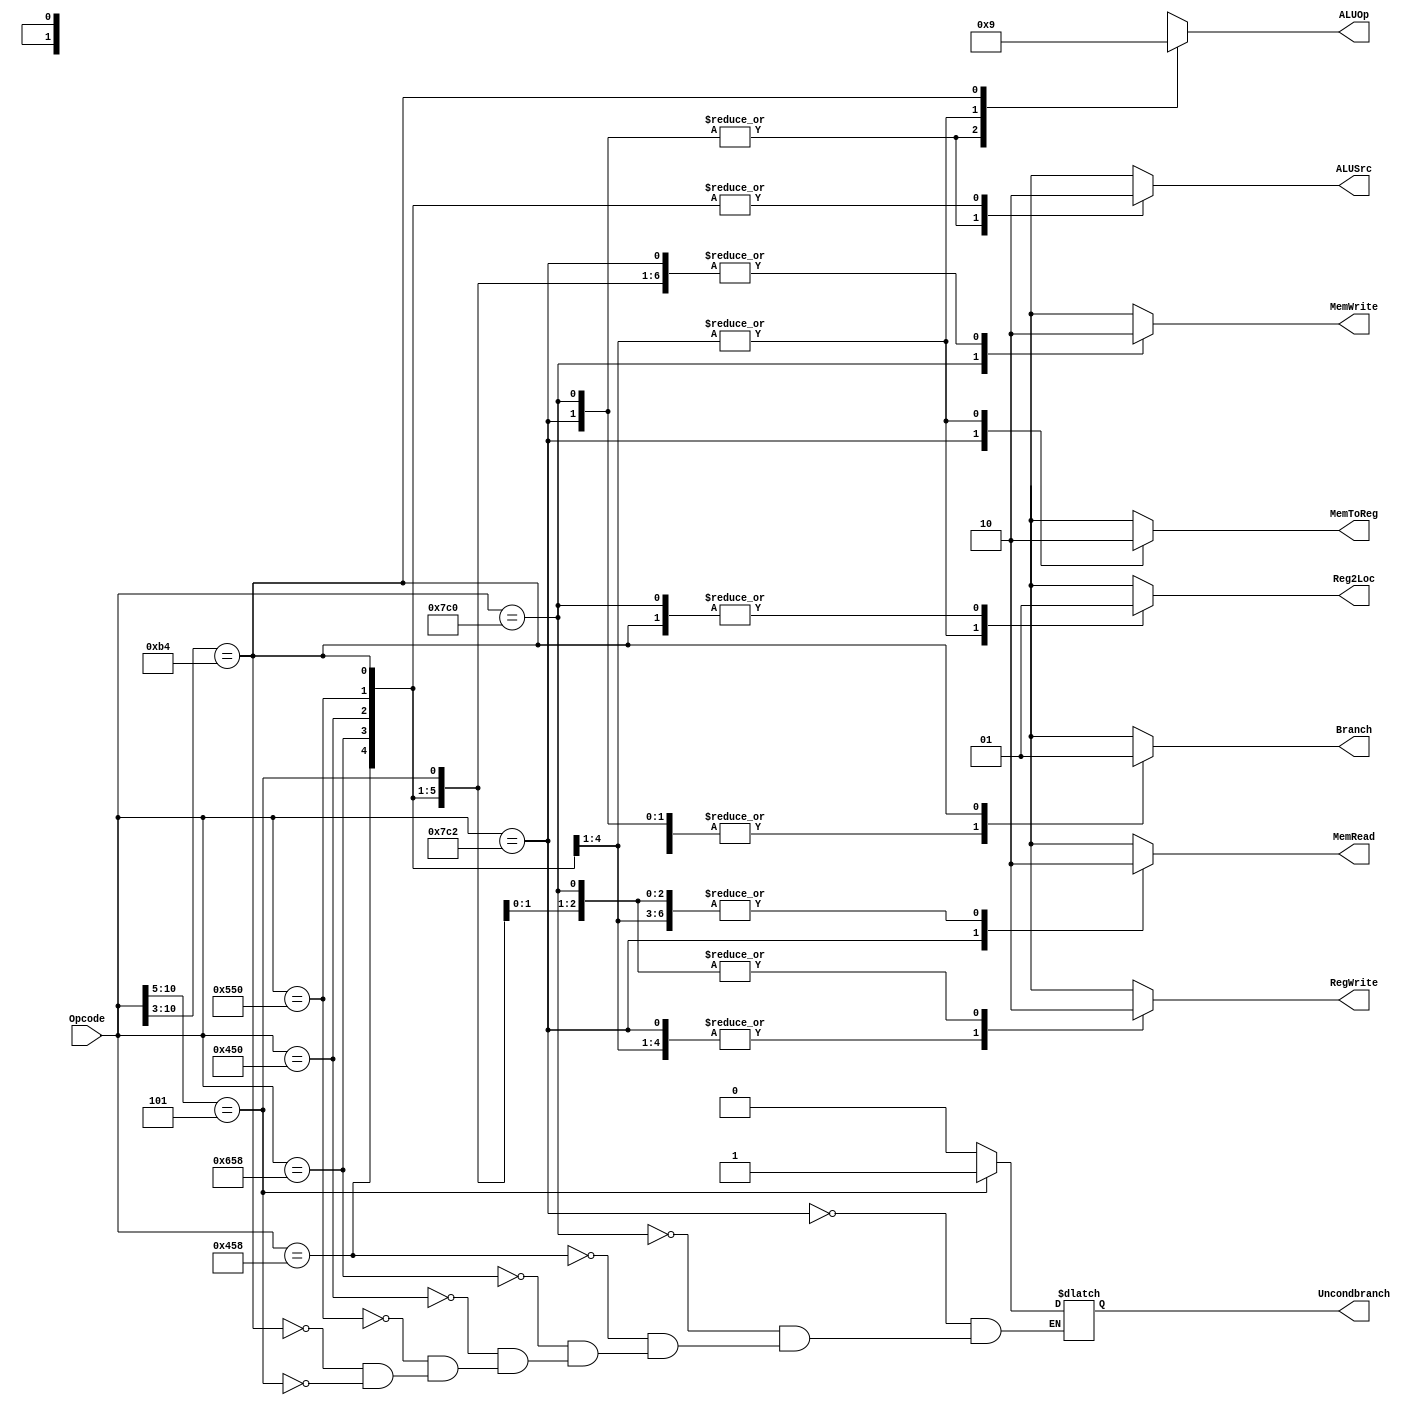
// Design Name:    Suil Lee
// Module Name:    SingleCycleControl 
// Project Name:   
// Target Devices: 
// Tool versions: 
// Description: 
//
// Dependencies: 
//
// Revision: 
// Revision 0.01 - File Created
// Additional Comments: 
//
//////////////////////////////////////////////////////////////////////////////////
`timescale 1ns / 1ps

`define LDUROPCODE 11'b11111000010
`define STUROPCODE 11'b11111000000
`define ADDOPCODE  11'b10001011000
`define SUBOPCODE  11'b11001011000
`define ANDOPCODE  11'b10001010000
`define ORROPCODE  11'b10101010000
`define CBZOPCODE  11'b10110100???
`define BOPCODE    11'b000101?????
/* Note, the "?"'s in CBZ and B indicate don't care in a casez */

module SingleCycleControl(Reg2Loc, ALUSrc, MemToReg, RegWrite, MemRead, MemWrite, Branch, Uncondbranch, ALUOp, Opcode);
   input [10:0] Opcode;
   output 	Reg2Loc;
   output 	ALUSrc;
   output 	MemToReg;
   output 	RegWrite;
   output 	MemRead;
   output 	MemWrite;
   output 	Branch;
   output 	Uncondbranch;
   
   output [1:0] ALUOp;
   
   reg 		Reg2Loc, ALUSrc, MemToReg, RegWrite, MemRead, MemWrite, Branch, Uncondbranch;
   reg [1:0] 	ALUOp;
   always @ (Opcode) begin
      casez(Opcode)
        `LDUROPCODE: begin
           Reg2Loc <= #2 1'bx;
           Uncondbranch <= #2 1'b0;
           Branch <= #2 1'b0;
           MemRead <= #2 1'b1;
           MemToReg <= #2 1'b1;
           MemWrite <= #2 1'b0;
           ALUSrc <= #2 1'b1;
           RegWrite <= #2 1'b1;
           ALUOp <= #2 2'b00;
        end
	`STUROPCODE: begin
	   Reg2Loc <= #2 1'b1;
           Uncondbranch <= #2 1'b0;
           Branch <= #2 1'b0;
           MemRead <= #2 1'b0;
           MemToReg <= #2 1'bx;
           MemWrite <= #2 1'b1;
           ALUSrc <= #2 1'b1;
           RegWrite <= #2 1'b0;
           ALUOp <= #2 2'b00;
        end
	`ADDOPCODE: begin
	   Reg2Loc <= #2 1'b0;
           Uncondbranch <= #2 1'b0;
           Branch <= #2 1'b0;
           MemRead <= #2 1'b0;
           MemToReg <= #2 1'b0;
           MemWrite <= #2 1'b0;
           ALUSrc <= #2 1'b0;
           RegWrite <= #2 1'b1;
           ALUOp <= #2 2'b10;
        end
	`SUBOPCODE: begin
	   Reg2Loc <= #2 1'b0;
           Uncondbranch <= #2 1'b0;
           Branch <= #2 1'b0;
           MemRead <= #2 1'b0;
           MemToReg <= #2 1'b0;
           MemWrite <= #2 1'b0;
           ALUSrc <= #2 1'b0;
           RegWrite <= #2 1'b1;
           ALUOp <= #2 2'b10;
        end
	`ANDOPCODE: begin
	   Reg2Loc <= #2 1'b0;
           Uncondbranch <= #2 1'b0;
           Branch <= #2 1'b0;
           MemRead <= #2 1'b0;
           MemToReg <= #2 1'b0;
           MemWrite <= #2 1'b0;
           ALUSrc <= #2 1'b0;
           RegWrite <= #2 1'b1;
           ALUOp <= #2 2'b10;
        end
	`ORROPCODE: begin
	   Reg2Loc <= #2 1'b0;
           Uncondbranch <= #2 1'b0;
           Branch <= #2 1'b0;
           MemRead <= #2 1'b0;
           MemToReg <= #2 1'b0;
           MemWrite <= #2 1'b0;
           ALUSrc <= #2 1'b0;
           RegWrite <= #2 1'b1;
           ALUOp <= #2 2'b10;
        end
	`CBZOPCODE: begin
	   Reg2Loc <= #2 1'b1;
           Uncondbranch <= #2 1'b0;
           Branch <= #2 1'b1;
           MemRead <= #2 1'b0;
           MemToReg <= #2 1'bx;
           MemWrite <= #2 1'b0;
           ALUSrc <= #2 1'b0;
           RegWrite <= #2 1'b0;
           ALUOp <= #2 2'b01;
        end
	`BOPCODE: begin
	   Reg2Loc <= #2 1'bx;
           Uncondbranch <= #2 1'b1;
           Branch <= #2 1'bx;
           MemRead <= #2 1'b0;
           MemToReg <= #2 1'bx;
           MemWrite <= #2 1'b0;
           ALUSrc <= #2 1'bx;
           RegWrite <= #2 1'b0;
           ALUOp <= #2 2'bxx;
        end
        /*add code here for the rest of the instructions*/
        default: begin
           Reg2Loc <= #2 1'bx;
           ALUSrc <= #2 1'bx;
           MemToReg <= #2 1'bx;
           RegWrite <= #2 1'bx;
           MemRead <= #2 1'bx;
           MemWrite <= #2 1'bx;
           Branch <= #2 1'bx;
           ALUOp <= #2 2'bxx;
        end
      endcase
   end
endmodule